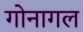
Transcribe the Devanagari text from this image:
गोनागल